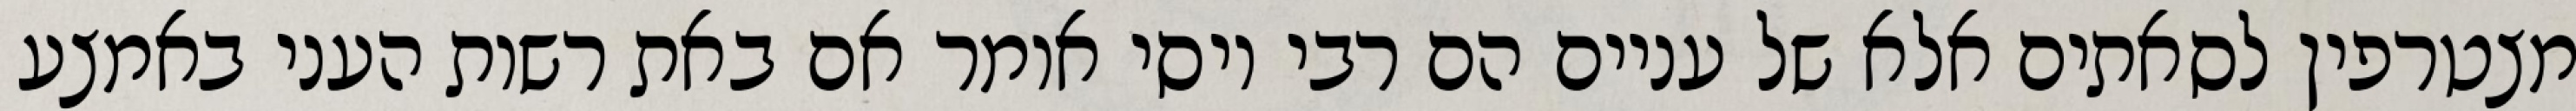
מצטרפין לסאתים אלא של עניים הם רבי יוסי אומר אם באת רשות העני באמצע